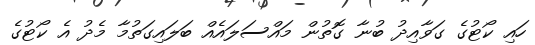
ހައި ކޯޓުގެ ގަވާއިދު ބުނާ ގޮތުން މައްސަލައެއް ބަލައިގަތުމާ މެދު އެ ކޯޓުގެ